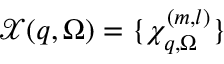
\mathcal { X } ( \boldsymbol { q } , \Omega ) = \{ \chi _ { \boldsymbol { q } , \Omega } ^ { ( m , l ) } \}